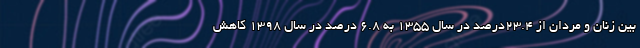
بین زنان و مردان از ۲۳.۴درصد در سال ۱۳۵۵ به ۶.۸ درصد در سال ۱۳۹۸ کاهش